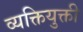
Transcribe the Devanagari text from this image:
व्यक्तियुक्ती